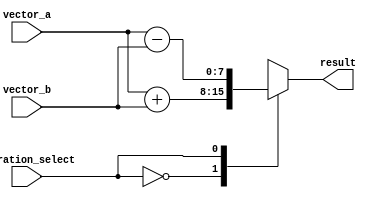
module vector_alu (
   input wire [7:0] vector_a,
   input wire [7:0] vector_b,
   input wire operation_select,
   output wire [7:0] result
);

reg [7:0] result_temp;

always @ (vector_a, vector_b, operation_select)
begin
   case (operation_select)
      0: result_temp = vector_a + vector_b; // Addition
      1: result_temp = vector_a - vector_b; // Subtraction
      2: result_temp = vector_a * vector_b; // Multiplication
      3: result_temp = vector_a / vector_b; // Division
      default: result_temp = 8'b00000000;    // Default to 0
   endcase
end

assign result = result_temp;

endmodule